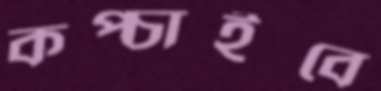
কপ্‌চাইবে